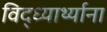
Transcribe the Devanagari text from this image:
विद्ध्यार्थ्याना